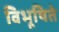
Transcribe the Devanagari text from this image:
विभूषिते